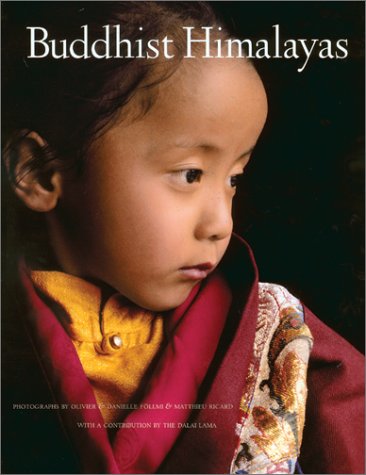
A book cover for Buddhist Himalayas; Olivier Follmi; Religion & Spirituality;